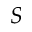
S